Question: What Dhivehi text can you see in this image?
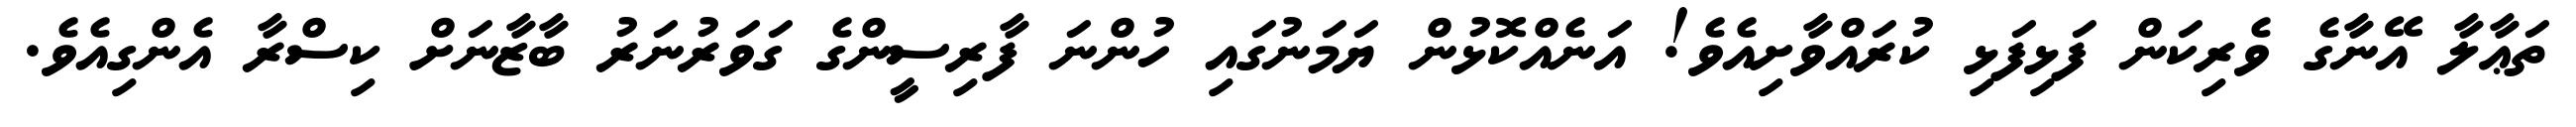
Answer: ތަޢާލާ އޭނާގެ ވެރިކަން ފަޅިފަޅި ކުރައްވާށިއެވެ! އަނެއްކޮޅުން ޔަމަނުގައި ހުންނަ ފާރިސީންގެ ގަވަރުނަރު ބާޒާނަށް ކިސްރާ އެންގިއެވެ.